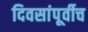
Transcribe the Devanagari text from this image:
दिवसांपूर्वीच